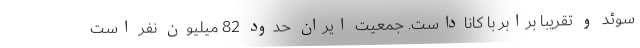
سوئد و تقریبا برابر با کاناداست. جمعیت ایران حدود 82 میلیون نفر است